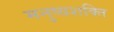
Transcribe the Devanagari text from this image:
मनुष्यशक्ति